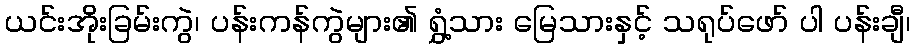
ယင်းအိုးခြမ်းကွဲ၊ ပန်းကန်ကွဲများ၏ ရွှံ့သား မြေသားနှင့် သရုပ်ဖော် ပါ ပန်းချီ၊